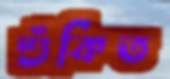
শুঁকিত